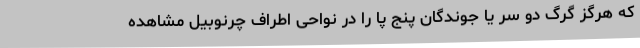
که هرگز گرگ دو سر یا جوندگان پنج پا را در نواحی اطراف چرنوبیل مشاهده